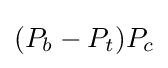
{\textstyle (P_{b}-P_{t})P_{c}}